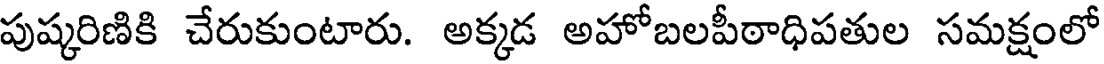
పుష్కరిణికి చేరుకుంటారు. అక్కడ అహోబలపీఠాధిపతుల సమక్షంలో